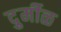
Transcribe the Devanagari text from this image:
दुर्र्मीळ